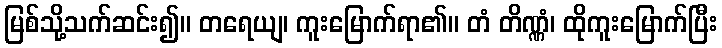
မြစ်သို့သက်ဆင်း၍။ တရေယျ၊ ကူးမြောက်ရာ၏။ တံ တိဏ္ဏံ၊ ထိုကူးမြောက်ပြီး